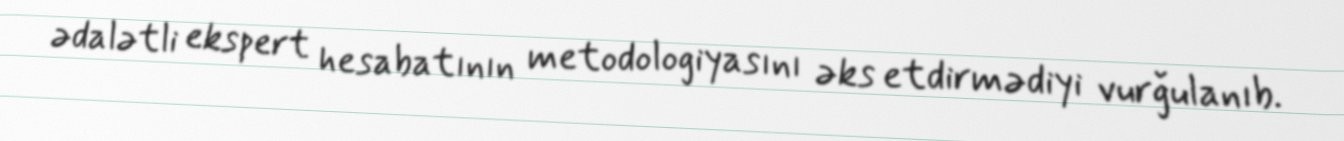
ədalətli ekspert hesabatının metodologiyasını əks etdirmədiyi vurğulanıb.